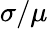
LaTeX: \sigma/\mu